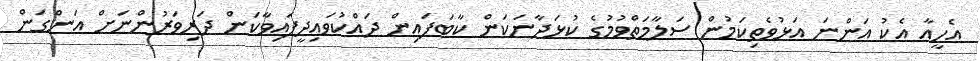
އެހީއާ އެކު އަންނަ އަޅުވެތިކަމުން ސަލާމަތްވުމުގެ ކުޅަދާނަކަން ކާބަފައިން ދައްކުވައިދީފައިވާކަން ދަރިވަރުންނަށް އަންގަން